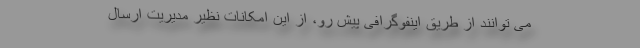
می توانند از طریق اینفوگرافی پیش رو، از این امکانات نظیر مدیریت ارسال